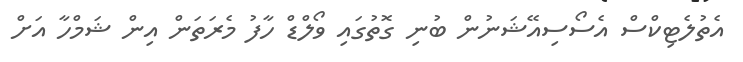
އެތުލެޓިކްސް އެސޯސިއޭޝަނުން ބުނި ގޮތުގައި ވޯލްޑް ހާފު މެރަތަން އިން ޝަމްހާ އަށް